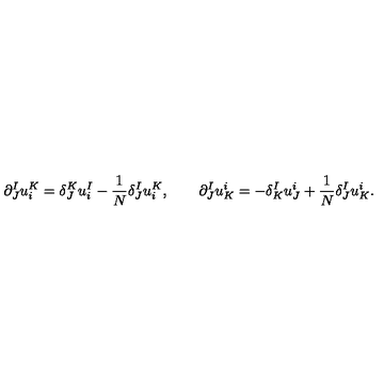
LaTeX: \partial _ { J } ^ { I } u _ { i } ^ { K } = \delta _ { J } ^ { K } u _ { i } ^ { I } - { \frac { 1 } { N } } \delta _ { J } ^ { I } u _ { i } ^ { K } , \qquad \partial _ { J } ^ { I } u _ { K } ^ { i } = - \delta _ { K } ^ { I } u _ { J } ^ { i } + { \frac { 1 } { N } } \delta _ { J } ^ { I } u _ { K } ^ { i } .